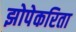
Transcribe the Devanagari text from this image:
झोपेकरिता